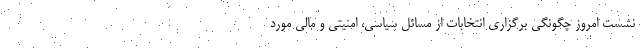
نشست امروز چگونگی برگزاری انتخابات از مسائل سیاسی، امنیتی و مالی مورد